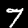
Digit: 7